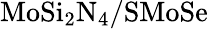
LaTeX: \mathrm{MoSi_{2}N_{4}/SMoSe}